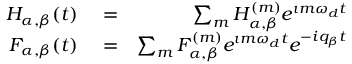
\begin{array} { r l r } { H _ { \alpha , \beta } ( t ) } & { { } = } & { \sum _ { m } H _ { \alpha , \beta } ^ { ( m ) } e ^ { \imath m \omega _ { d } t } } \\ { F _ { \alpha , \beta } ( t ) } & { { } = } & { \sum _ { m } F _ { \alpha , \beta } ^ { ( m ) } e ^ { \imath m \omega _ { d } t } e ^ { - i q _ { \beta } t } } \end{array}